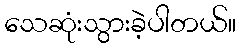
သေဆုံးသွားခဲ့ပါတယ်။